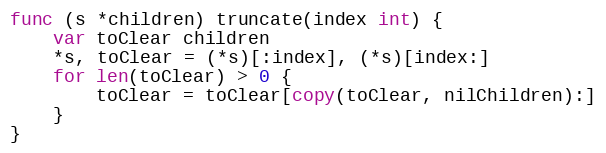
Language: Go
func (s *children) truncate(index int) {
	var toClear children
	*s, toClear = (*s)[:index], (*s)[index:]
	for len(toClear) > 0 {
		toClear = toClear[copy(toClear, nilChildren):]
	}
}